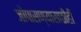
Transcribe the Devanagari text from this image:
जोपासण्यासाठीही